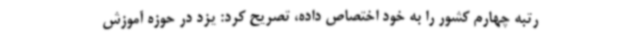
رتبه چهارم کشور را به خود اختصاص داده، تصریح کرد: یزد در حوزه آموزش